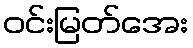
ဝင်းမြတ်အေး